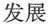
发展